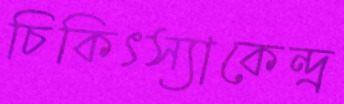
চিকিৎস্যাকেন্দ্র